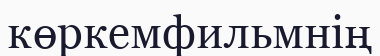
көркемфильмнің